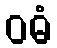
ဝဓံ